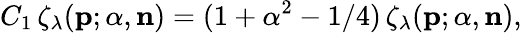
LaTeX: C_{1}\, \zeta_{\lambda}({\mathbf p};{\alpha},{\mathbf n})=(1+\alpha^{2}-1/4)\, \zeta_{\lambda}({\mathbf p};{\alpha},{\mathbf n}),